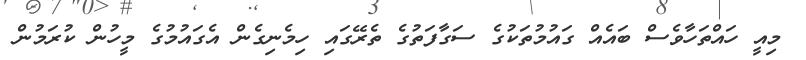
މިއީ ހައްތަހާވެސް ބައެއް ގައުމުތަކުގެ ސަގާފަތުގެ ތެރޭގައި ހިމެނިގެން އެގައުމުގެ މީހުން ކުރަމުން